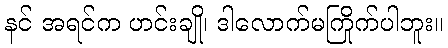
နင် အရင်က ဟင်းချို၊ ဒါလောက်မကြိုက်ပါဘူး။